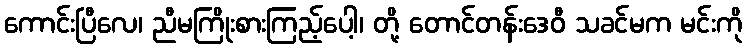
ကောင်းပြီလေ၊ ညီမကြိုးစားကြည့်ပေါ့၊ တို့ တောင်တန်းဒေဝီ သခင်မက မင်းကို